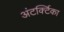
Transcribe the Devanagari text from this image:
अंटर्क्टिका